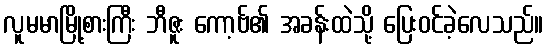
လူမမာမြို့စားကြီး ဘီဇူး ကော့ဗ်၏ အခန်းထဲသို့ ပြေးဝင်ခဲ့လေသည်။